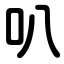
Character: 叭